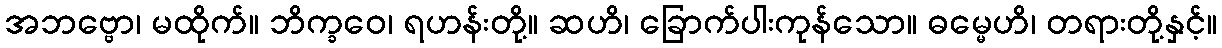
အဘဗ္ဗော၊ မထိုက်။ ဘိက္ခဝေ၊ ရဟန်းတို့။ ဆဟိ၊ ခြောက်ပါးကုန်သော။ ဓမ္မေဟိ၊ တရားတို့နှင့်။